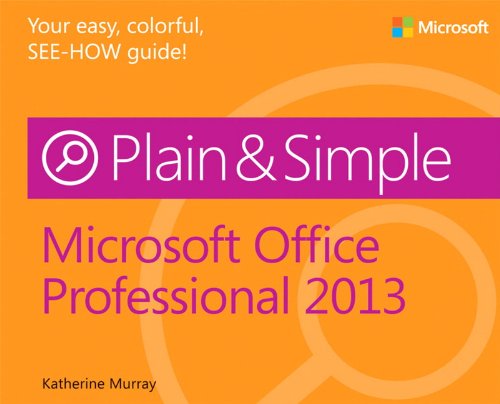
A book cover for Microsoft Office Professional 2013 Plain & Simple; Katherine Murray; Computers & Technology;